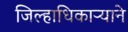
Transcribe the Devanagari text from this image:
जिल्हाधिकाऱ्याने